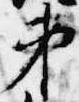
第